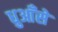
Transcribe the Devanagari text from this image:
धुआँसे